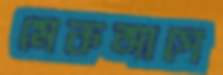
মেকআপে